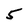
Character: 5